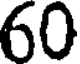
60